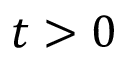
t > 0